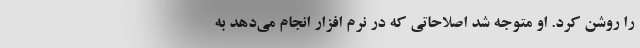
را روشن کرد. او متوجه شد اصلاحاتی که در نرم افزار انجام می‌دهد به